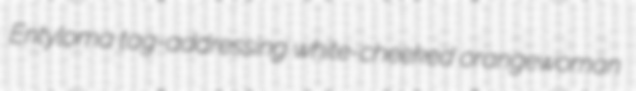
Entyloma tag-addressing white-cheeked orangewoman